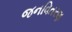
જનવિતરણ